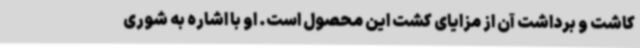
کاشت و برداشت آن از مزایای کشت این محصول است. او با اشاره به شوری